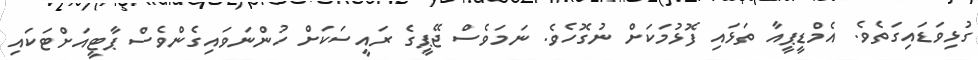
ގުޅިވަޑައިގަތެވެ. އެމްޑީޕީއާ ތަޅައި ފޮޅުމަކަށް ނުގޮހެވެ. ނަމަވެސް ޖޭޕީގެ ރައީސަކަށް ހުންނަވައިގެންވެސް ޕާޓީއަށްޓަކައި